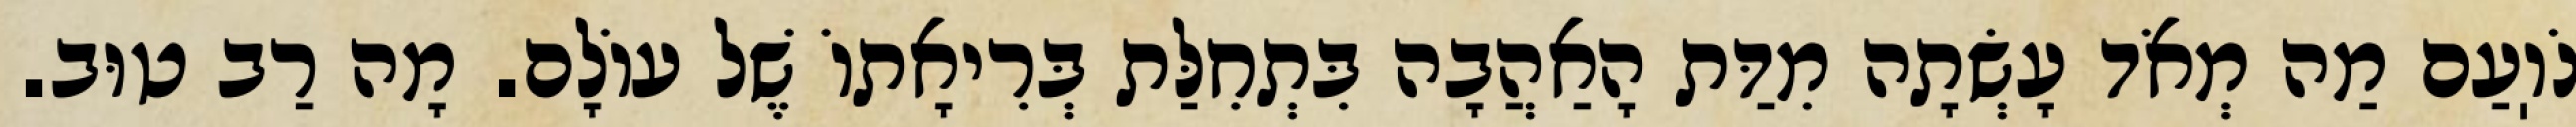
נֹוֽעַם מַה מְאֹד עָשְׂתָה מִדַּת הָאַהֲבָה בִּתְחִלַּת בְּרִיאָתוֹ שֶׁל עוֹלָם. מָה רַב טוּב.